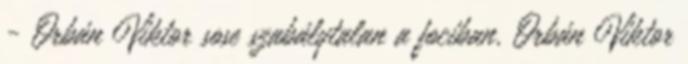
- Orbán Viktor sose szabálytalan a fociban. Orbán Viktor